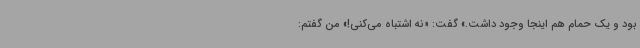
بود و یک حمام هم اینجا وجود داشت.» گفت: «نه اشتباه می‌کنی!» من گفتم: